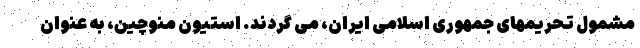
مشمول تحریمهای جمهوری اسلامی ایران، می گردند. استیون منوچین، به عنوان